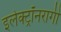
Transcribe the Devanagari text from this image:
इलेक्ट्रॉनरागी